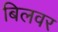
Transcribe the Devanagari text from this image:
बिलवर